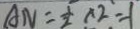
A N = \frac { 1 } { 2 } A _ { 2 } = 1